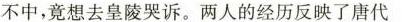
不中，竟想去皇陵哭诉。两人的经历反映了唐代 ( )